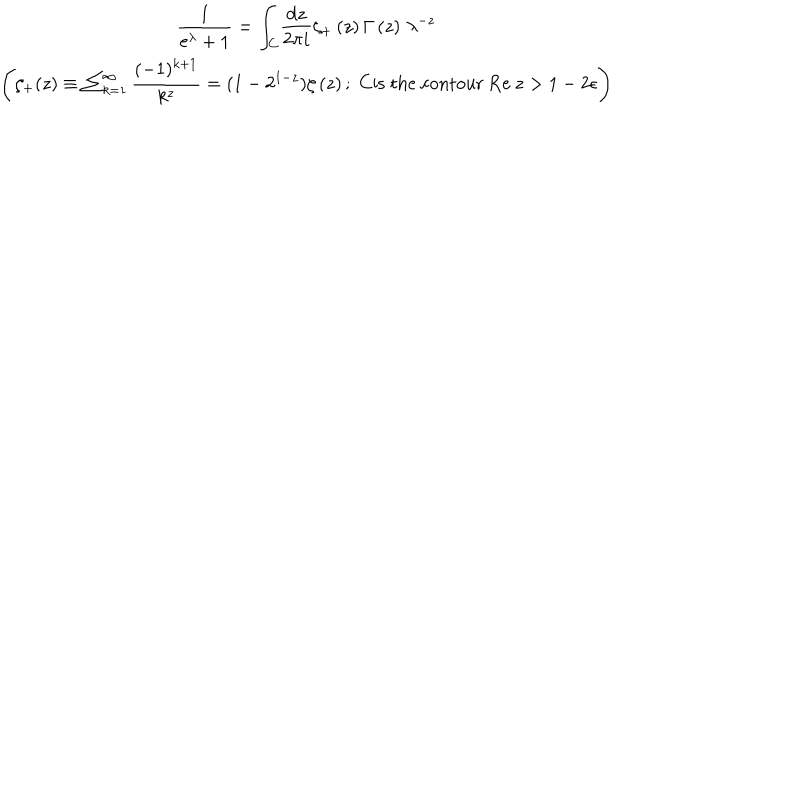
\begin{array} { c } { { \displaystyle { \frac { 1 } { \mathrm { e } ^ { \lambda } + 1 } } = \displaystyle { \int _ { C } } \displaystyle { \frac { \mathrm { d } z } { 2 \pi i } } \zeta _ { + } \left( z \right) \Gamma \left( z \right) \, \lambda ^ { - z } } } \\ { { \left( \zeta _ { + } ( z ) \equiv \sum _ { k = 1 } ^ { \infty } \displaystyle { \frac { ( - 1 ) ^ { k + 1 } } { k ^ { z } } } = ( 1 - 2 ^ { 1 - z } ) \zeta \left( z \right) ; \; C \mathrm { i s \; t h e \; c o n t o u r \; } \mathrm { R e } \; z > 1 - 2 \epsilon \right) } } \\ \end{array}